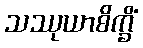
သဿုယာစိက္ခိံ